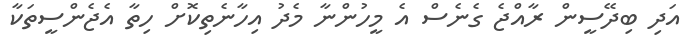
އަދި ބިދޭސީން ރާއްޖެ ގެނެސް އެ މީހުންނާ މެދު އިހާނެތިކޮށް ހިތާ އެޖެންސީތަކާ